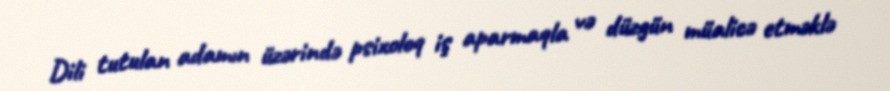
Dili tutulan adamın üzərində psixoloq iş aparmaqla və düzgün müalicə etməklə